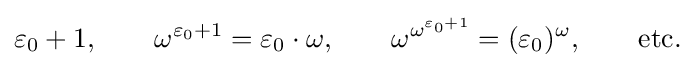
\varepsilon _{0}+1,\qquad \omega ^{\varepsilon _{0}+1}=\varepsilon _{0}\cdot \omega ,\qquad \omega ^{\omega ^{\varepsilon _{0}+1}}=(\varepsilon _{0})^{\omega },\qquad {\text{etc.}}